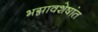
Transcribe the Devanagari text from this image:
भग्नावशेषांत